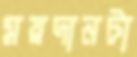
ময়দানটা